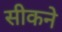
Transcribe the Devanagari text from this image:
सीकने